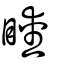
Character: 瞹